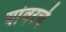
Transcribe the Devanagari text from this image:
यांवरचे